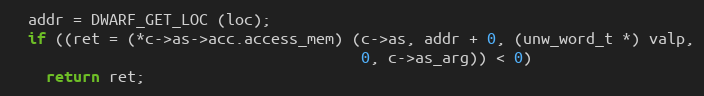
Language: C
  addr = DWARF_GET_LOC (loc);
  if ((ret = (*c->as->acc.access_mem) (c->as, addr + 0, (unw_word_t *) valp,
                                       0, c->as_arg)) < 0)
    return ret;